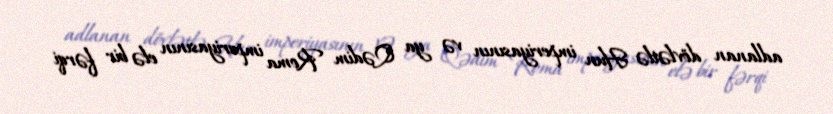
adlanan dövlətlə Hun imperiyasının və ya Qədim Roma imperiyasının elə bir fərqi